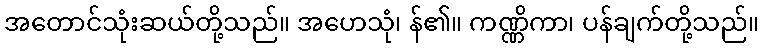
အတောင်သုံးဆယ်တို့သည်။ အဟေသုံ၊ န်၏။ ကဏ္ဏိကာ၊ ပန်ချက်တို့သည်။